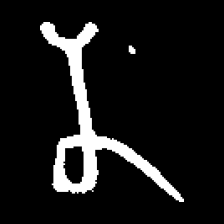
Pyu character \u2014 Myanmar letter: န (romanized: na)